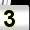
Digit: 3